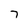
Character: 7